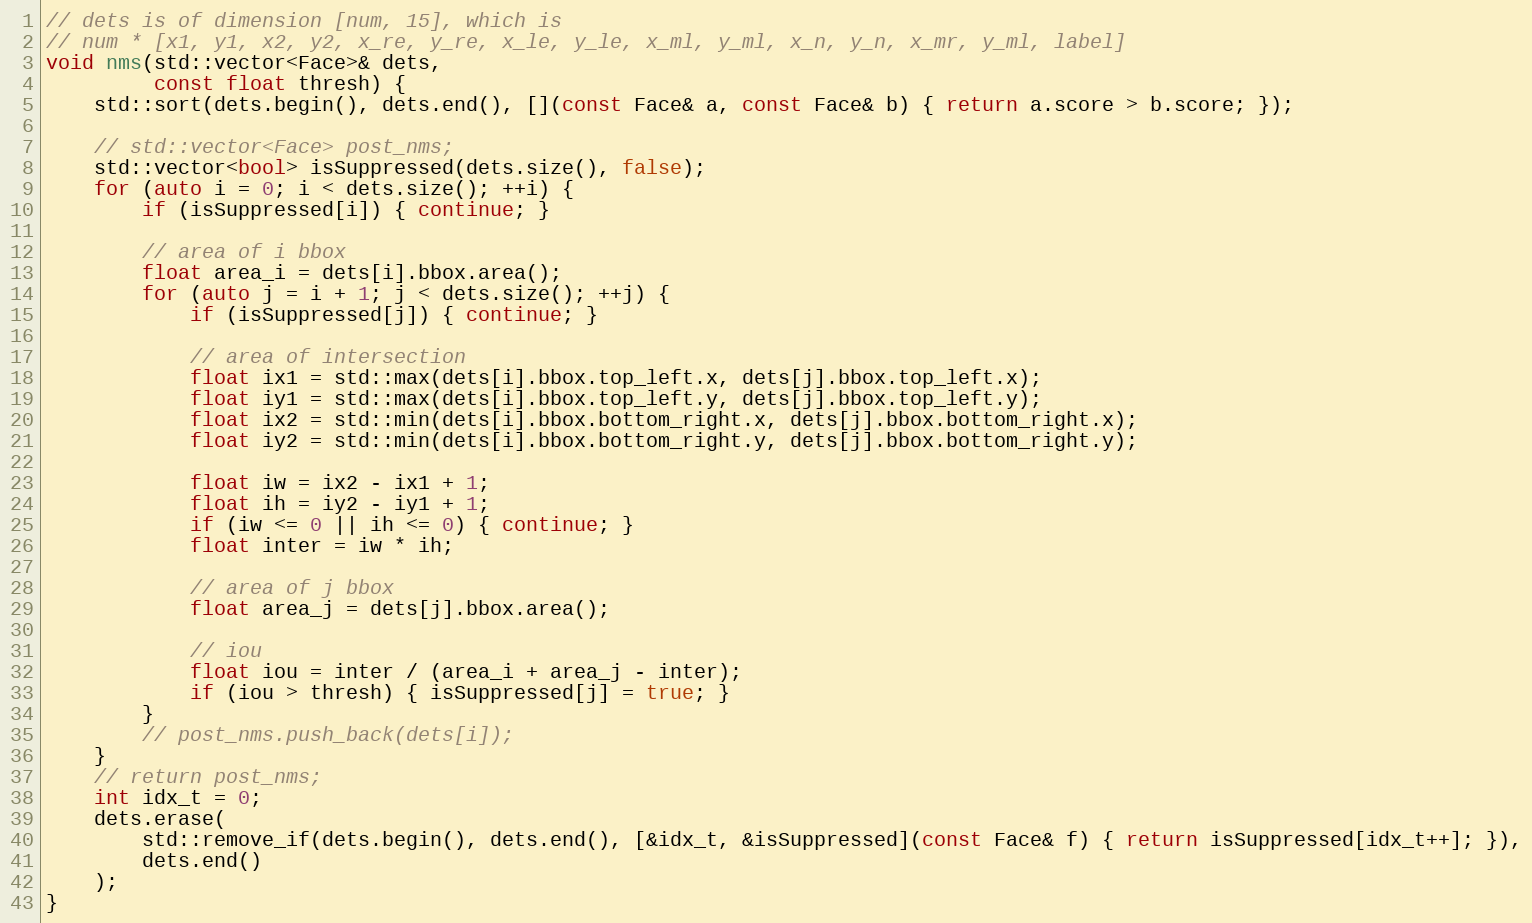
Language: C++
// dets is of dimension [num, 15], which is
// num * [x1, y1, x2, y2, x_re, y_re, x_le, y_le, x_ml, y_ml, x_n, y_n, x_mr, y_ml, label]
void nms(std::vector<Face>& dets,
         const float thresh) {
    std::sort(dets.begin(), dets.end(), [](const Face& a, const Face& b) { return a.score > b.score; });

    // std::vector<Face> post_nms;
    std::vector<bool> isSuppressed(dets.size(), false);
    for (auto i = 0; i < dets.size(); ++i) {
        if (isSuppressed[i]) { continue; }

        // area of i bbox
        float area_i = dets[i].bbox.area();
        for (auto j = i + 1; j < dets.size(); ++j) {
            if (isSuppressed[j]) { continue; }

            // area of intersection
            float ix1 = std::max(dets[i].bbox.top_left.x, dets[j].bbox.top_left.x);
            float iy1 = std::max(dets[i].bbox.top_left.y, dets[j].bbox.top_left.y);
            float ix2 = std::min(dets[i].bbox.bottom_right.x, dets[j].bbox.bottom_right.x);
            float iy2 = std::min(dets[i].bbox.bottom_right.y, dets[j].bbox.bottom_right.y);

            float iw = ix2 - ix1 + 1;
            float ih = iy2 - iy1 + 1;
            if (iw <= 0 || ih <= 0) { continue; }
            float inter = iw * ih;

            // area of j bbox
            float area_j = dets[j].bbox.area();

            // iou
            float iou = inter / (area_i + area_j - inter);
            if (iou > thresh) { isSuppressed[j] = true; }
        }
        // post_nms.push_back(dets[i]);
    }
    // return post_nms;
    int idx_t = 0;
    dets.erase(
        std::remove_if(dets.begin(), dets.end(), [&idx_t, &isSuppressed](const Face& f) { return isSuppressed[idx_t++]; }),
        dets.end()
    );
}